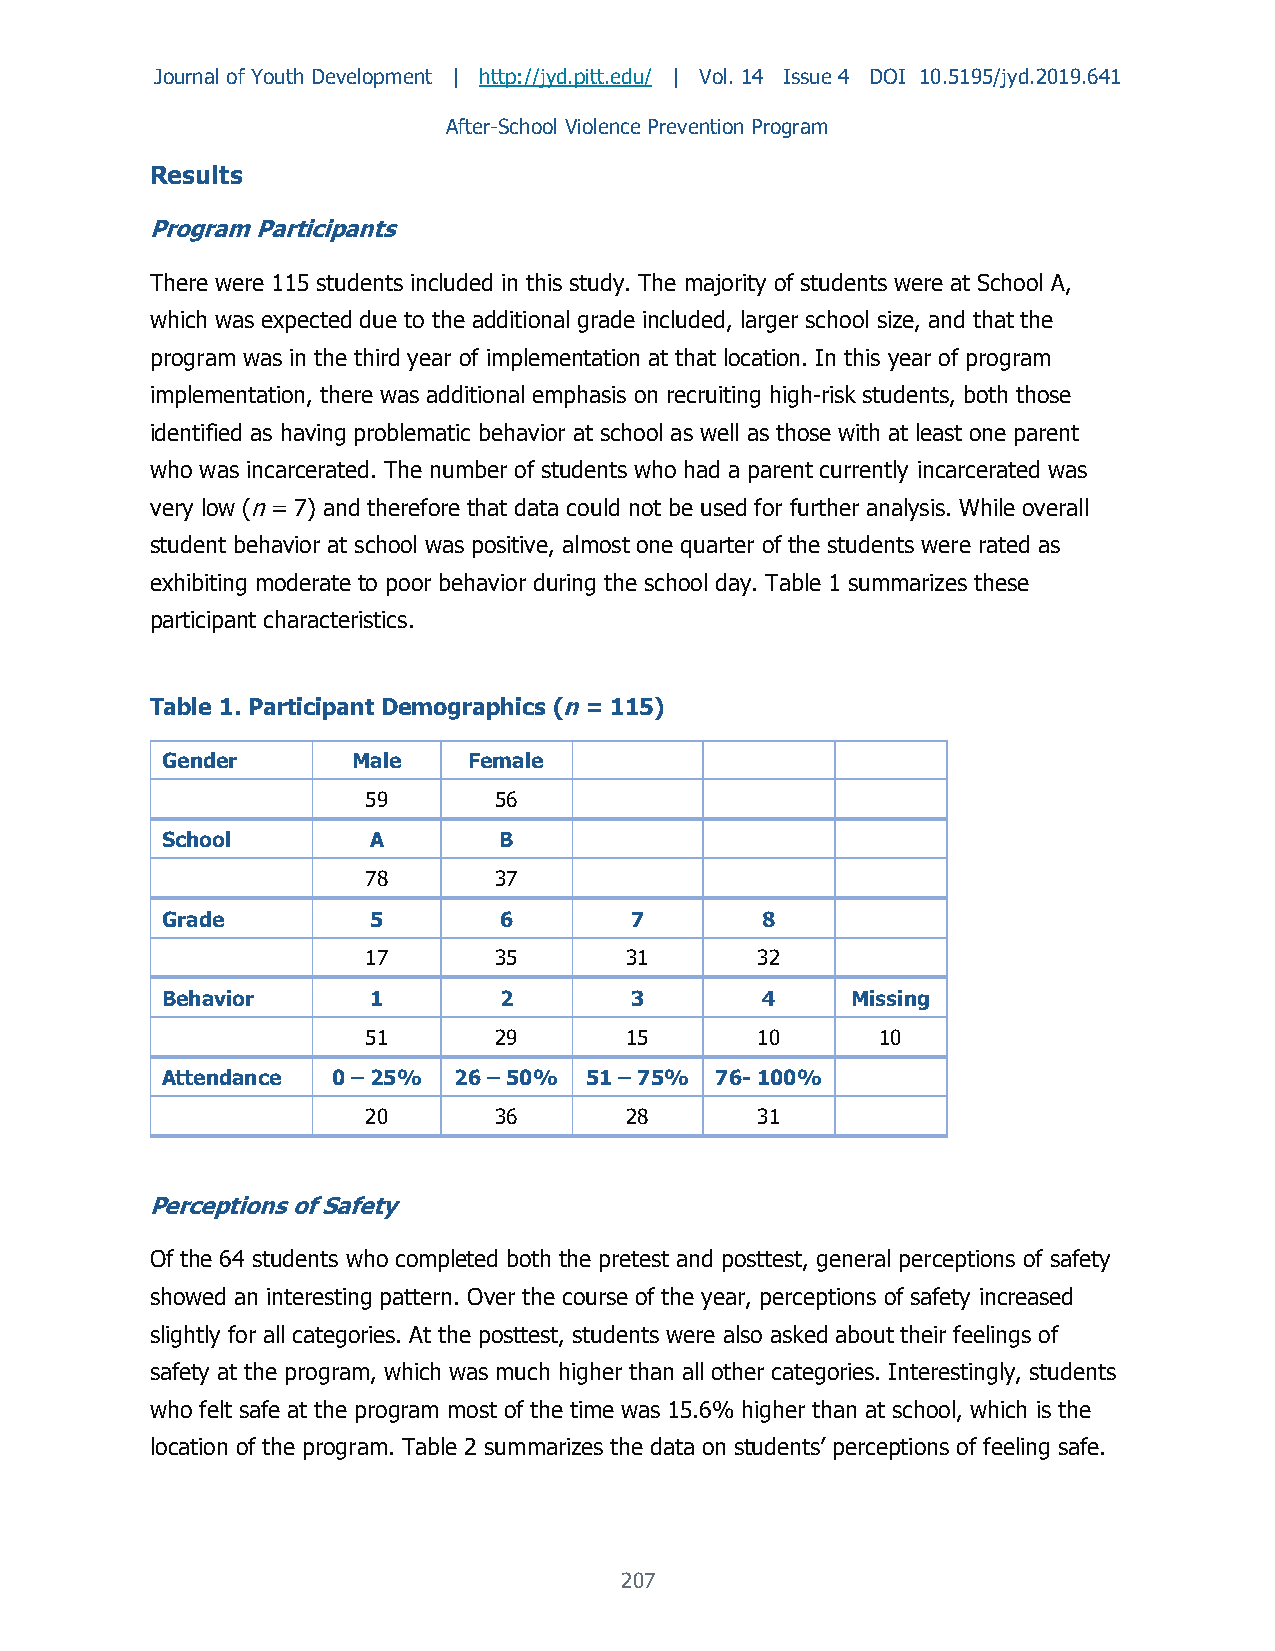
Journal of Youth Development | http://jyd.pitt.edu/ | Vol. 14 Issue 4 DOI 10.5195/jyd.2019.641
 After-School Violence Prevention Program
 Results
 Program Participants
 There were 115 students included in this study. The majority of students were at School A,
 which was expected due to the additional grade included, larger school size, and that the
 program was in the third year of implementation at that location. In this year of program
 implementation, there was additional emphasis on recruiting high-risk students, both those
 identified as having problematic behavior at school as well as those with at least one parent
 who was incarcerated. The number of students who had a parent currently incarcerated was
 very low (n = 7) and therefore that data could not be used for further analysis. While overall
 student behavior at school was positive, almost one quarter of the students were rated as
 exhibiting moderate to poor behavior during the school day. Table 1 summarizes these
 participant characteristics.
 Table 1. Participant Demographics (n = 115)
 Gender      Male    Female
 59       56
 School       A        B
 78       37
 Grade        5        6        7       8
 17       35      31       32
 Behavior     1        2        3       4     Missing
 51       29      15       10      10
 Attendance 0 – 25% 26 – 50% 51 – 75% 76- 100%
 20       36      28       31
 Perceptions of Safety
 Of the 64 students who completed both the pretest and posttest, general perceptions of safety
 showed an interesting pattern. Over the course of the year, perceptions of safety increased
 slightly for all categories. At the posttest, students were also asked about their feelings of
 safety at the program, which was much higher than all other categories. Interestingly, students
 who felt safe at the program most of the time was 15.6% higher than at school, which is the
 location of the program. Table 2 summarizes the data on students’ perceptions of feeling safe.
 207